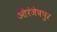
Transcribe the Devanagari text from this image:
औरंजेबपुर